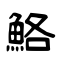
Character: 鮥